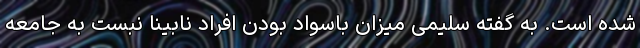
شده است. به گفته سلیمی میزان باسواد بودن افراد نابینا نبست به جامعه